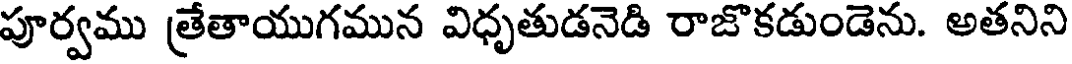
పూర్వము త్రేతాయుగమున విధృతుడనెడి రాజొకడుండెను. అతనిని